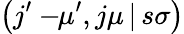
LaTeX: \left(j^{\prime}-\! \! \mu^{\prime},j\mu\, |\, s\sigma\right)